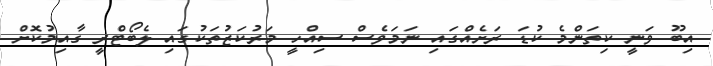
އިބޫ ވަނީ ކިތަންމެ ކުޑަ ރަށެއްގައި ނަމަވެސް ސިއްހީ މަރުކަޒުތަކުގައި ލެބޯޓްރީ ގާއިމުކޮށް